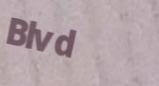
Blvd